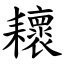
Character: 耲